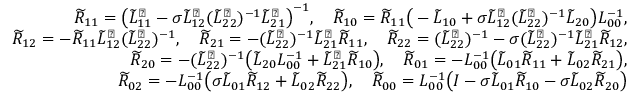
\begin{array} { r } { \widetilde { R } _ { 1 1 } = \big ( \widetilde { L } _ { 1 1 } ^ { \sharp } - \sigma \widetilde { L } _ { 1 2 } ^ { \sharp } ( \widetilde { L } _ { 2 2 } ^ { \flat } ) ^ { - 1 } \widetilde { L } _ { 2 1 } ^ { \sharp } \big ) ^ { - 1 } , \quad \widetilde { R } _ { 1 0 } = \widetilde { R } _ { 1 1 } \big ( - \widetilde { L } _ { 1 0 } + \sigma \widetilde { L } _ { 1 2 } ^ { \sharp } ( \widetilde { L } _ { 2 2 } ^ { \flat } ) ^ { - 1 } \widetilde { L } _ { 2 0 } \big ) L _ { 0 0 } ^ { - 1 } , } \\ { \widetilde { R } _ { 1 2 } = - \widetilde { R } _ { 1 1 } \widetilde { L } _ { 1 2 } ^ { \sharp } ( \widetilde { L } _ { 2 2 } ^ { \flat } ) ^ { - 1 } , \quad \widetilde { R } _ { 2 1 } = - ( \widetilde { L } _ { 2 2 } ^ { \flat } ) ^ { - 1 } \widetilde { L } _ { 2 1 } ^ { \sharp } \widetilde { R } _ { 1 1 } , \quad \widetilde { R } _ { 2 2 } = ( \widetilde { L } _ { 2 2 } ^ { \flat } ) ^ { - 1 } - \sigma ( \widetilde { L } _ { 2 2 } ^ { \flat } ) ^ { - 1 } \widetilde { L } _ { 2 1 } ^ { \sharp } \widetilde { R } _ { 1 2 } , } \\ { \widetilde { R } _ { 2 0 } = - ( \widetilde { L } _ { 2 2 } ^ { \flat } ) ^ { - 1 } \big ( \widetilde { L } _ { 2 0 } L _ { 0 0 } ^ { - 1 } + \widetilde { L } _ { 2 1 } ^ { \sharp } \widetilde { R } _ { 1 0 } \big ) , \quad \widetilde { R } _ { 0 1 } = - L _ { 0 0 } ^ { - 1 } \big ( \widetilde { L } _ { 0 1 } \widetilde { R } _ { 1 1 } + \widetilde { L } _ { 0 2 } \widetilde { R } _ { 2 1 } \big ) , } \\ { \widetilde { R } _ { 0 2 } = - L _ { 0 0 } ^ { - 1 } \big ( \sigma \widetilde { L } _ { 0 1 } \widetilde { R } _ { 1 2 } + \widetilde { L } _ { 0 2 } \widetilde { R } _ { 2 2 } \big ) , \quad \widetilde { R } _ { 0 0 } = L _ { 0 0 } ^ { - 1 } \big ( I - \sigma \widetilde { L } _ { 0 1 } \widetilde { R } _ { 1 0 } - \sigma \widetilde { L } _ { 0 2 } \widetilde { R } _ { 2 0 } \big ) } \end{array}